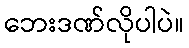
ဘေးဒဏ်လိုပါပဲ။